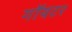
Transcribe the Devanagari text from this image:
गॉयटर